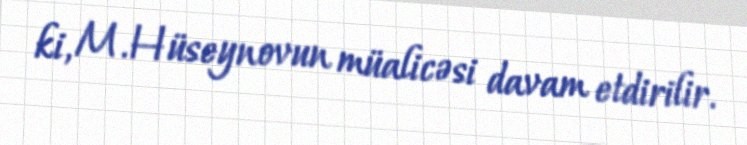
ki, M.Hüseynovun müalicəsi davam etdirilir.